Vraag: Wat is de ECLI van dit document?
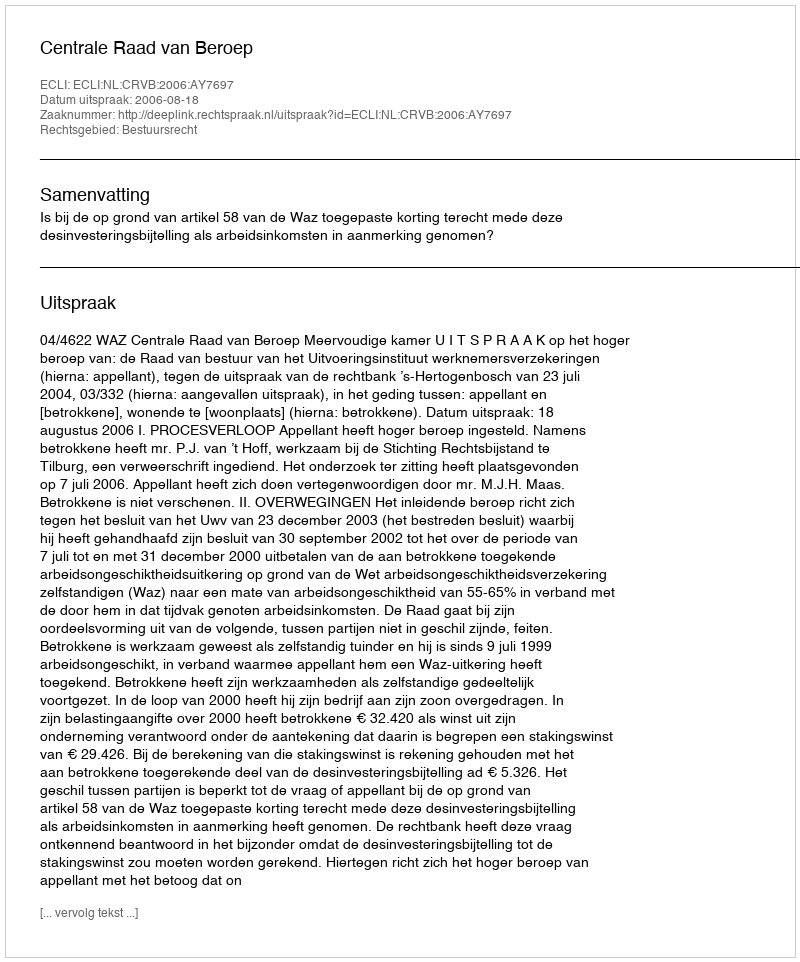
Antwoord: ECLI:NL:CRVB:2006:AY7697